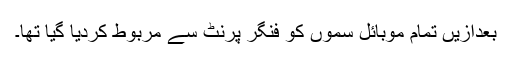
بعدازیں تمام موبائل سموں کو فنگر پرنٹ سے مربوط کردیا گیا تھا۔